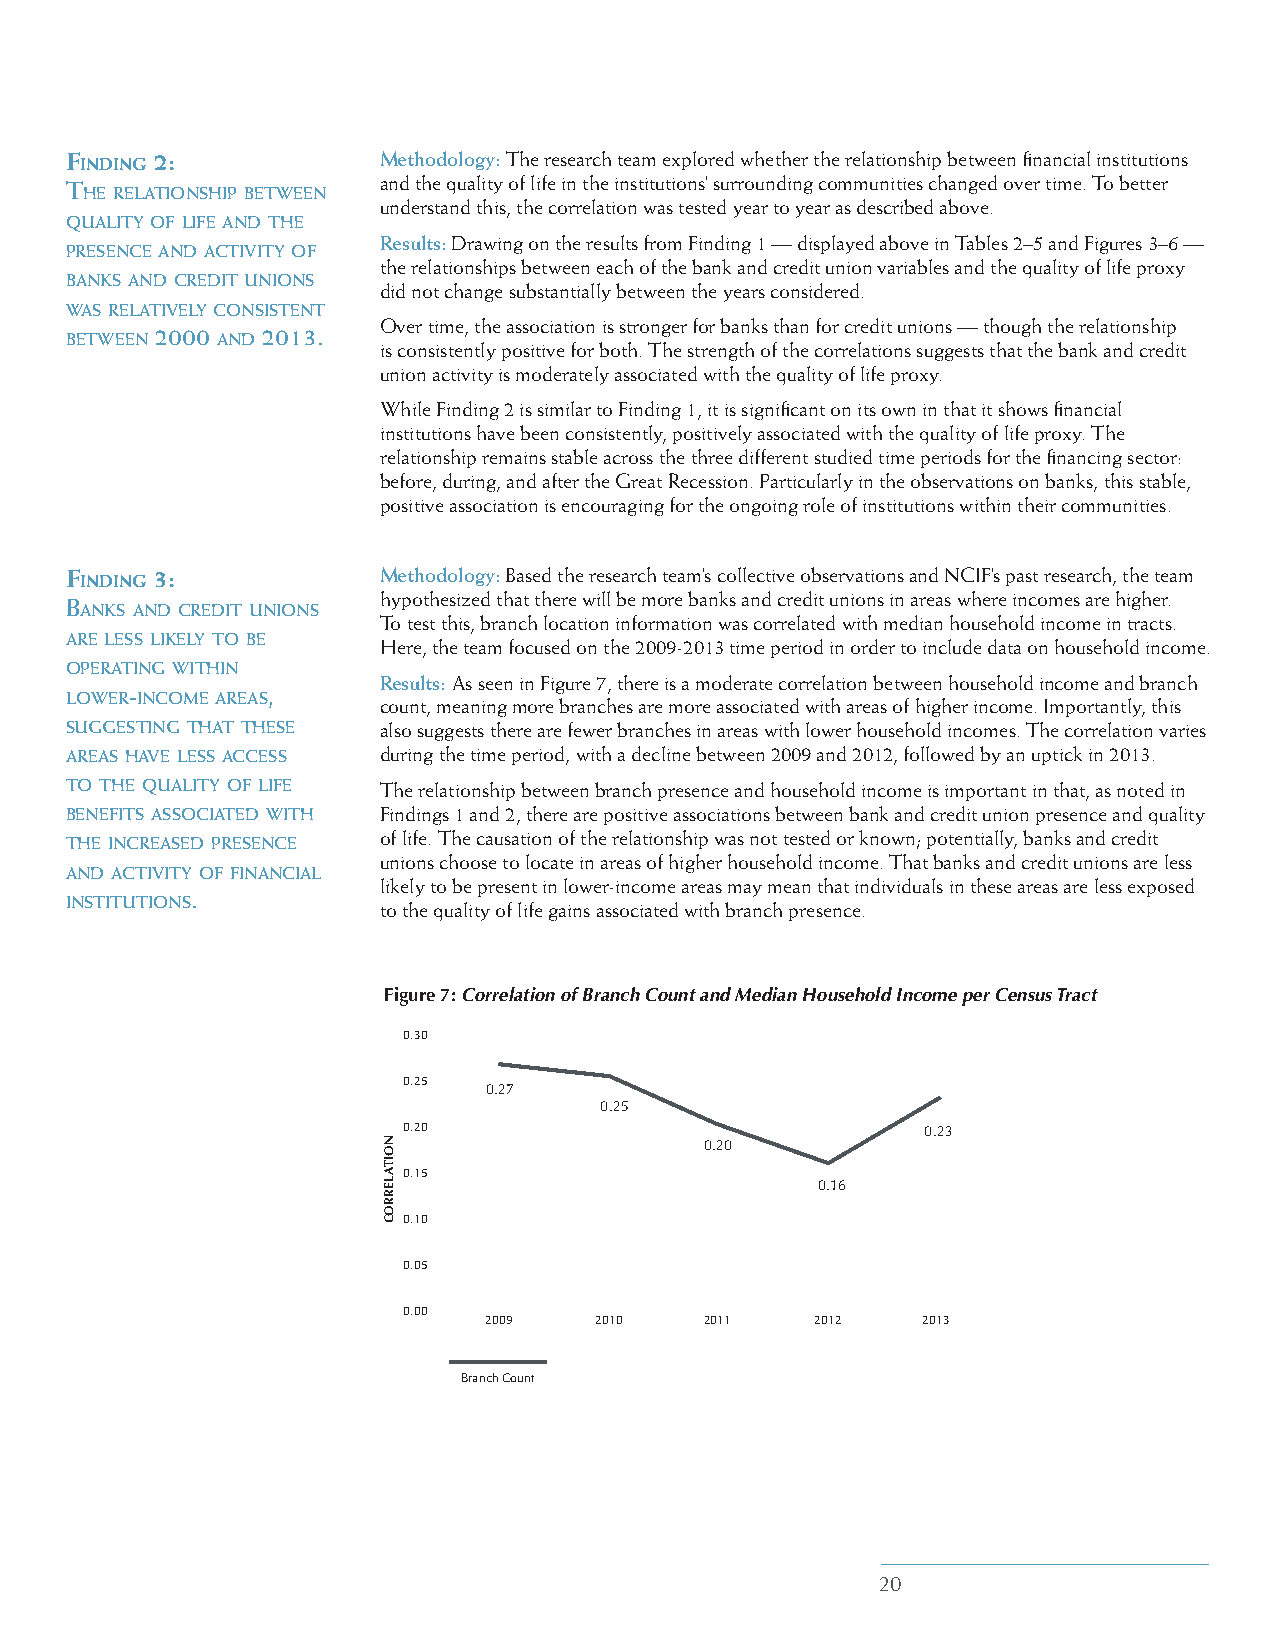
Finding 2:           Methodology: The research team explored whether the relationship between financial institutions
 The relaTIonshIp beTween and the quality of life in the institutions’ surrounding communities changed over time. To better
 understand this, the correlation was tested year to year as described above.
 QualITy of lIfe and The
 presence and acTIvITy of
 Results: Drawing on the results from Finding 1 — displayed above in Tables 2–5 and Figures 3–6 —
 the relationships between each of the bank and credit union variables and the quality of life proxy
 banks and credIT unIons
 did not change substantially between the years considered.
 was relaTIvely consIsTenT
 Over time, the association is stronger for banks than for credit unions — though the relationship
 beTween 2000 and 2013.
 is consistently positive for both. The strength of the correlations suggests that the bank and credit
 union activity is moderately associated with the quality of life proxy.
 While Finding 2 is similar to Finding 1, it is significant on its own in that it shows financial
 institutions have been consistently, positively associated with the quality of life proxy. The
 relationship remains stable across the three different studied time periods for the financing sector:
 before, during, and after the Great Recession. Particularly in the observations on banks, this stable,
 positive association is encouraging for the ongoing role of institutions within their communities.
 Finding 3:           Methodology: Based the research team’s collective observations and NCIF’s past research, the team
 hypothesized that there will be more banks and credit unions in areas where incomes are higher.
 banks and credIT unIons
 To test this, branch location information was correlated with median household income in tracts.
 are less lIkely To be
 Here, the team focused on the 2009-2013 time period in order to include data on household income.
 operaTIng wIThIn
 Results: As seen in Figure 7, there is a moderate correlation between household income and branch
 lower-Income areas,
 count, meaning more branches are more associated with areas of higher income. Importantly, this
 suggesTIng ThaT These also suggests there are fewer branches in areas with lower household incomes. The correlation varies
 areas have less access during the time period, with a decline between 2009 and 2012, followed by an uptick in 2013.
 To The QualITy of lIfe The relationship between branch presence and household income is important in that, as noted in
 benefITs assocIaTed wITh Findings 1 and 2, there are positive associations between bank and credit union presence and quality
 The Increased presence
 of life. The causation of the relationship was not tested or known; potentially, banks and credit
 unions choose to locate in areas of higher household income. That banks and credit unions are less
 and acTIvITy of fInancIal
 likely to be present in lower-income areas may mean that individuals in these areas are less exposed
 InsTITuTIons.
 to the quality of life gains associated with branch presence.
 Figure 7: Correlation of Branch Count and Median Household Income per Census Tract
 0.30
 0.25
 0.27
 0.25
 0.20                              0.23
 0.20
 0.15
 0.16
 0.10
 0.05
 0.00
 2009   2010    2011   2012   2013
 Branch Count
 20
 NOITALERROC